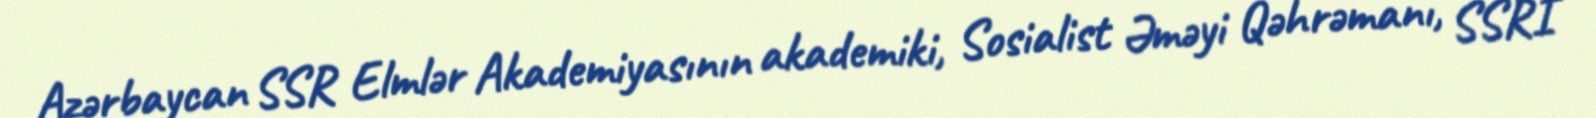
Azərbaycan SSR Elmlər Akademiyasının akademiki, Sosialist Əməyi Qəhrəmanı, SSRİ